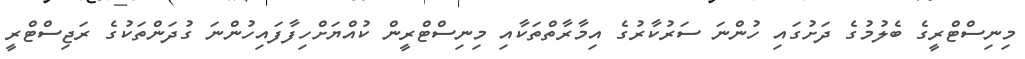
މިނިސްޓްރީގެ ބެލުމުގެ ދަށުގައި ހުންނަ ސަރުކާރުގެ އިމާރާތްތަކާއި މިނިސްޓްރީން ކުއްޔަށްހިފާފައިހުންނަ ގުދަންތަކުގެ ރަޖިސްޓްރީ